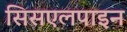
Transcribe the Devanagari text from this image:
सिसएलपाइन